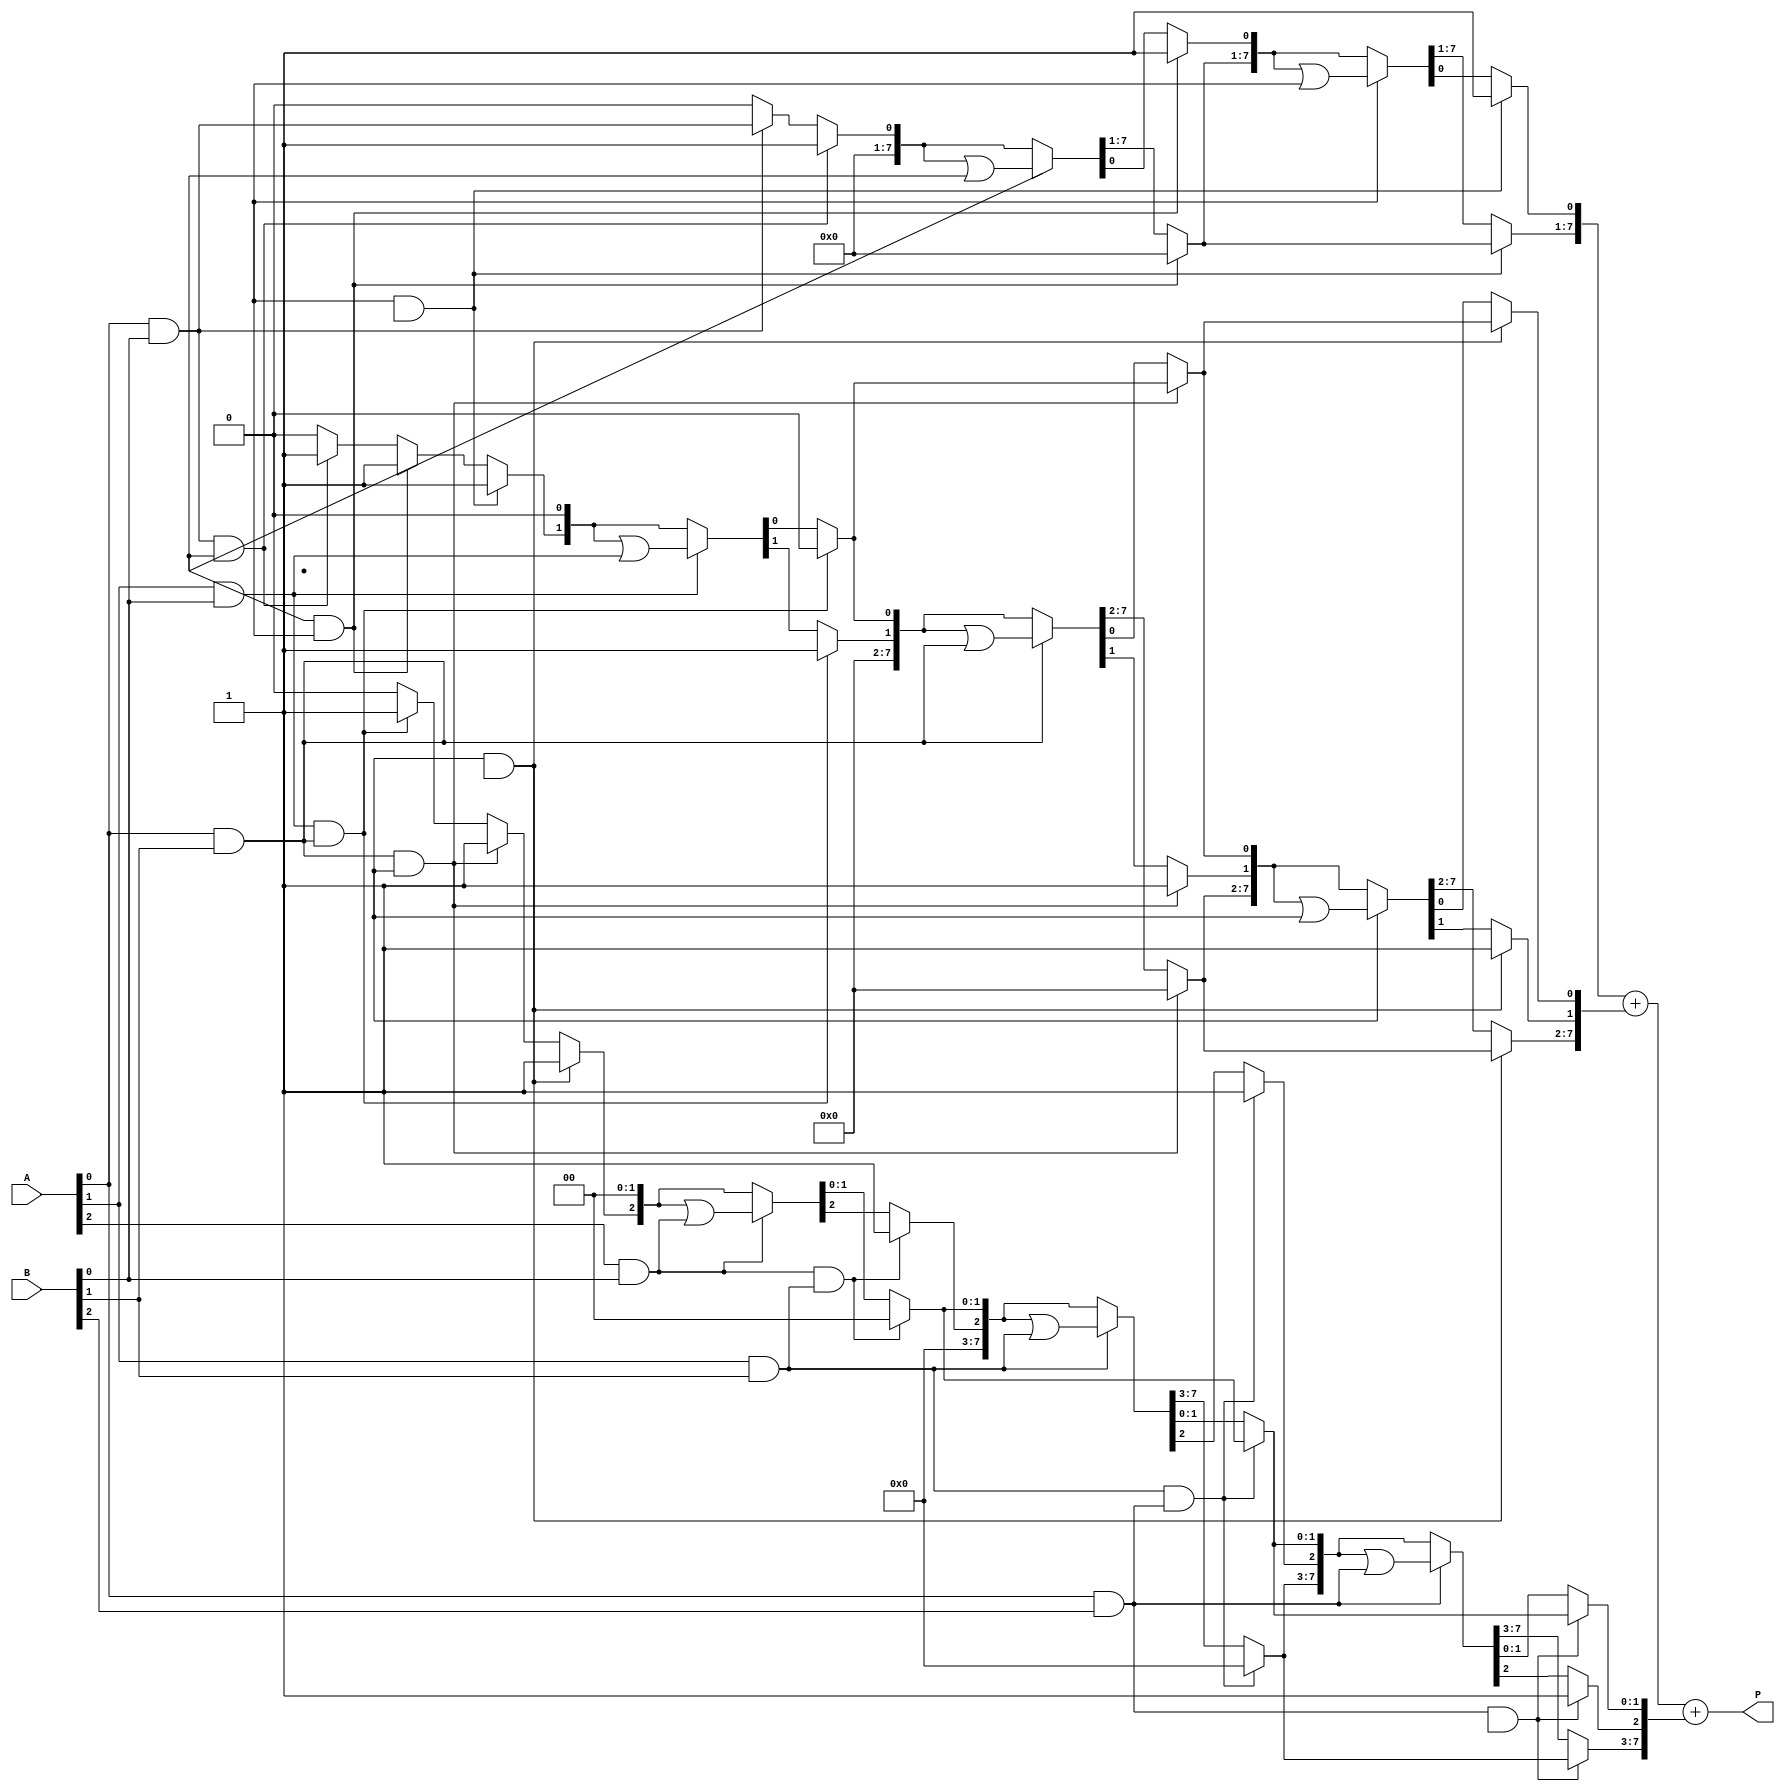
module dadda_multiplier #(
    parameter n = 4  // Set width of A and B
)(
    input  wire [n-1:0] A,
    input  wire [n-1:0] B,
    output wire [2*n-1:0] P  // Output product
);
    reg [2*n-1:0] partial_products [0:n-1]; // Store partial products
    wire [2*n-1:0] sum_stage1 [0:n-1]; // First stage of sum outputs
    reg [2*n-1:0] reduced_1 [0:n-1]; // Reduced output for further stages
    wire [2*n-1:0] sum_final; // Final sum output

    // Step 1: Generate partial products
    genvar i, j;
    generate
        for (i = 0; i < n; i=i+1) begin : pp_gen
            for (j = 0; j < n; j=j+1) begin : pp_and
                assign partial_products[i][i+j] = A[j] & B[i];
            end
        end
    endgenerate

    // Step 2: Dadda reduction tree
    // First stage of reduction
    integer k, m;
    always @* begin
        for (k = 0; k < n; k = k + 1) begin
            reduced_1[k] = '0; // Initialize reduced registers
        end
        // Reduce the number of bits to sum them in pairs following Dadda scheme
        for (k = 0; k < n; k = k + 1) begin
            for (m = 0; m < (n-1); m = m + 1) begin
                if (partial_products[m][k] && partial_products[m+1][k]) begin
                    // If there are 3 or more bits, follow Dadda's scheme
                    reduced_1[k][k] = 1'b1; // Keep one
                    reduced_1[k+1][k+1] = 1'b1; // Carry the other
                end else if (partial_products[m][k]) begin
                    reduced_1[k] = reduced_1[k] | partial_products[m][k];
                end
            end
        end
    end

    // Final addition (simple ripple carry adder or a more efficient one)
    assign sum_final = reduced_1[0] + reduced_1[1] + reduced_1[2]; // And so on...

    // Final product assignment
    assign P = sum_final;

endmodule